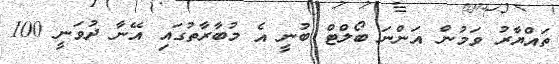
ތައްޔާރު ވަމުން އަންނަ ބޯލްޓް ބުނީ އެ މުބާރާތުގައި އޭނާ ދުވަނީ 100